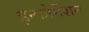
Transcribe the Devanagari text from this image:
इन्फ़ोर्मेशन